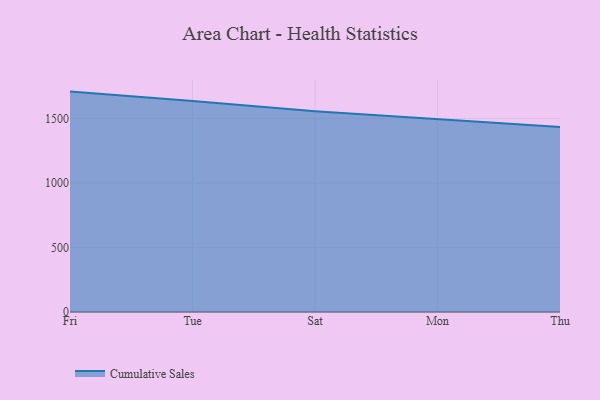
{"axis": {"x": "Day", "y": "Production Output"}, "legend": ["Cumulative Sales"], "data": [{"x": "Fri", "y": 1709.1, "type": "Cumulative Sales"}, {"x": "Tue", "y": 1636.0, "type": "Cumulative Sales"}, {"x": "Sat", "y": 1555.8, "type": "Cumulative Sales"}, {"x": "Mon", "y": 1492.4, "type": "Cumulative Sales"}, {"x": "Thu", "y": 1434.6, "type": "Cumulative Sales"}]}